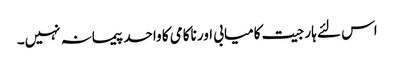
اس لئے ہار جیت کامیابی اور ناکامی کا واحد پیمانہ نہیں۔